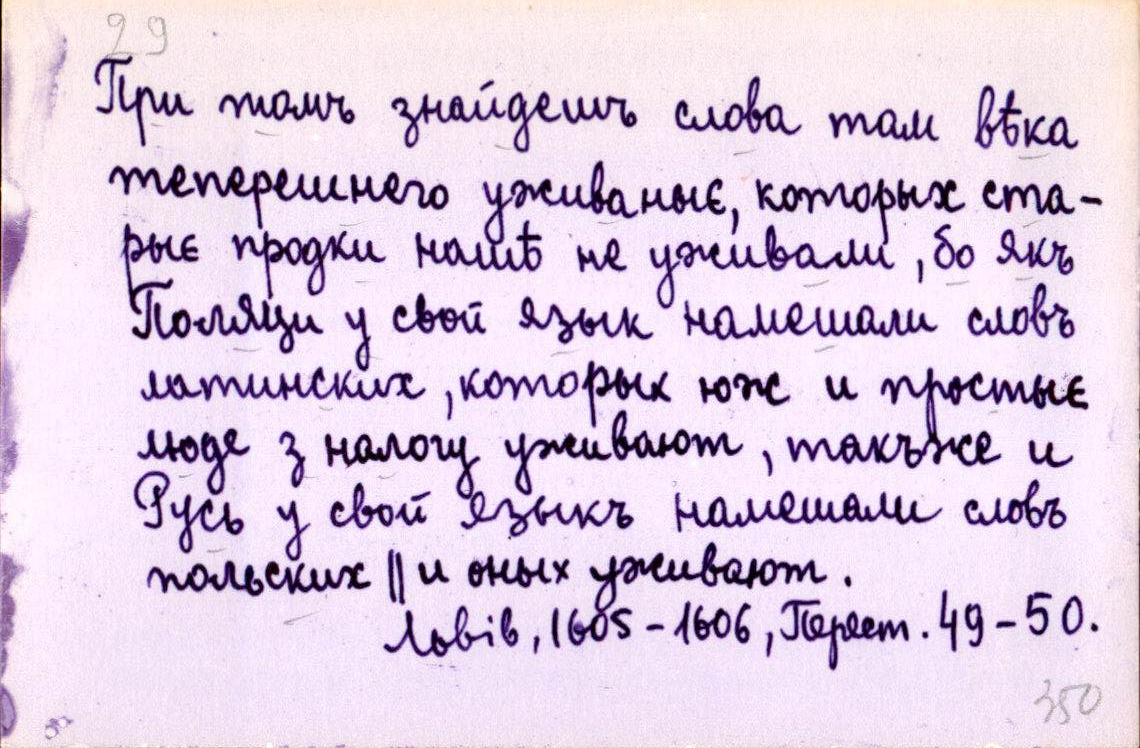
При томъ знайдешъ слова там вѣка
теперешнего уживаныє, которых ста-
рыє продки нашѣ не уживали, бо якъ
Поляци у свой язык намешали словъ
латинских, которых юж и простыє
люде з налогу уживают, такъже и
Русь у свой языкъ намешали словъ
польских ║ и оных уживают.
Львів, 1605-1606, Перест. 49-50.